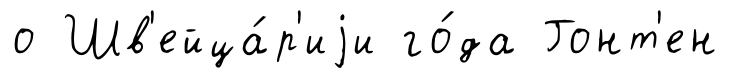
о Шв'ейца́р'иjи го́да Гонт'ен